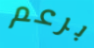
برعم